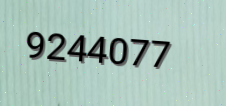
9244077